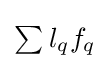
\textstyle \sum _{}l_{q}f_{q}